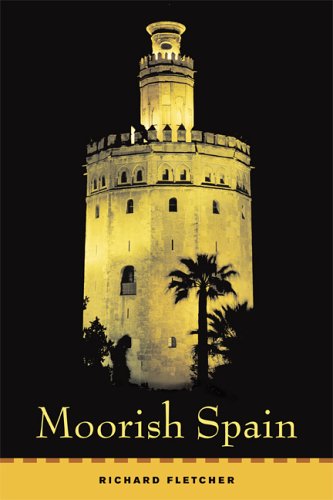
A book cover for Moorish Spain; Richard Fletcher; Religion & Spirituality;